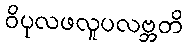
ဝိပုလဖလူပလဗ္ဘတိ